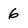
Character: 6